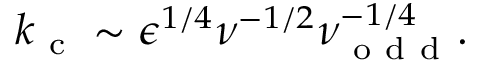
k _ { \mathrm { ~ c ~ } } \sim \epsilon ^ { 1 / 4 } \nu ^ { - 1 / 2 } \nu _ { \mathrm { ~ o ~ d ~ d ~ } } ^ { - 1 / 4 } .